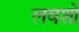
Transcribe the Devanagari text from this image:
लवशो